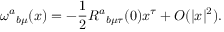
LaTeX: { \omega ^ { a } } _ { b \mu } ( x ) = - { \frac { 1 } { 2 } } { R ^ { a } } _ { b \mu \tau } ( 0 ) x ^ { \tau } + O ( | x | ^ { 2 } ) .